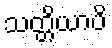
သတ္တိယာပိ